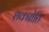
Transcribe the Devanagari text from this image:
शक्नोति